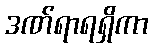
ဒဏ်ရာရရှိကာ